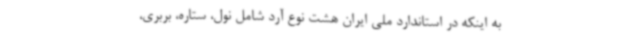
به اینکه در استاندارد ملی ایران هشت نوع آرد شامل نول، ستاره، بربری،